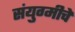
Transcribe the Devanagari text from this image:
संयुग्मीचे